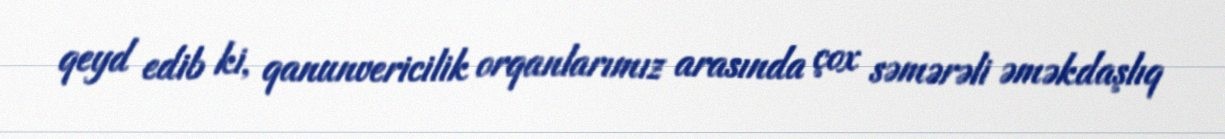
qeyd edib ki, qanunvericilik orqanlarımız arasında çox səmərəli əməkdaşlıq